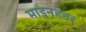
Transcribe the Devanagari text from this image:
माइनहंटर